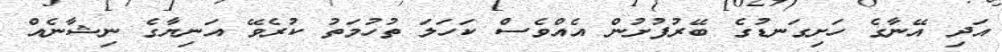
އަދި އޭނާގެ ހަށިގަނޑުގެ ބޭރުފުށުން އެއްވެސް ކަހަލަ ތުހުމަތު ކުރެވޭ އަނިޔާގެ ނިޝާނެއް